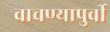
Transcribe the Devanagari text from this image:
वाचण्यापुर्वी